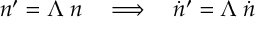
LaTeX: n ^ { \prime } = \Lambda \; n \quad \Longrightarrow \quad \dot { n } ^ { \prime } = \Lambda \; \dot { n }